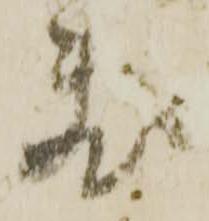
敷